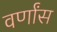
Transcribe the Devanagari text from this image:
वर्णांस